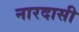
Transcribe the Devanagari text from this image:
नारदासी